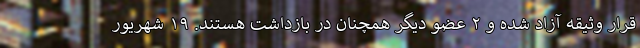
قرار وثیقه آزاد شده و ۲ عضو دیگر همچنان در بازداشت هستند. ۱۹ شهریور